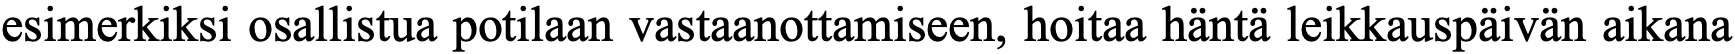
esimerkiksi osallistua potilaan vastaanottamiseen, hoitaa häntä leikkauspäivän aikana